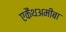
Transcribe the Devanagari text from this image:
एकैंथअमीबा